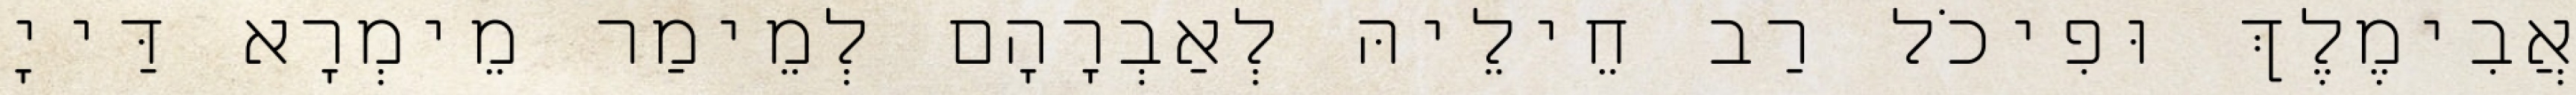
אֲבִימֶלֶךְ וּפִיכֹל רַב חֵילֵיהּ לְאַבְרָהָם לְמֵימַר מֵימְרָא דַּייָ